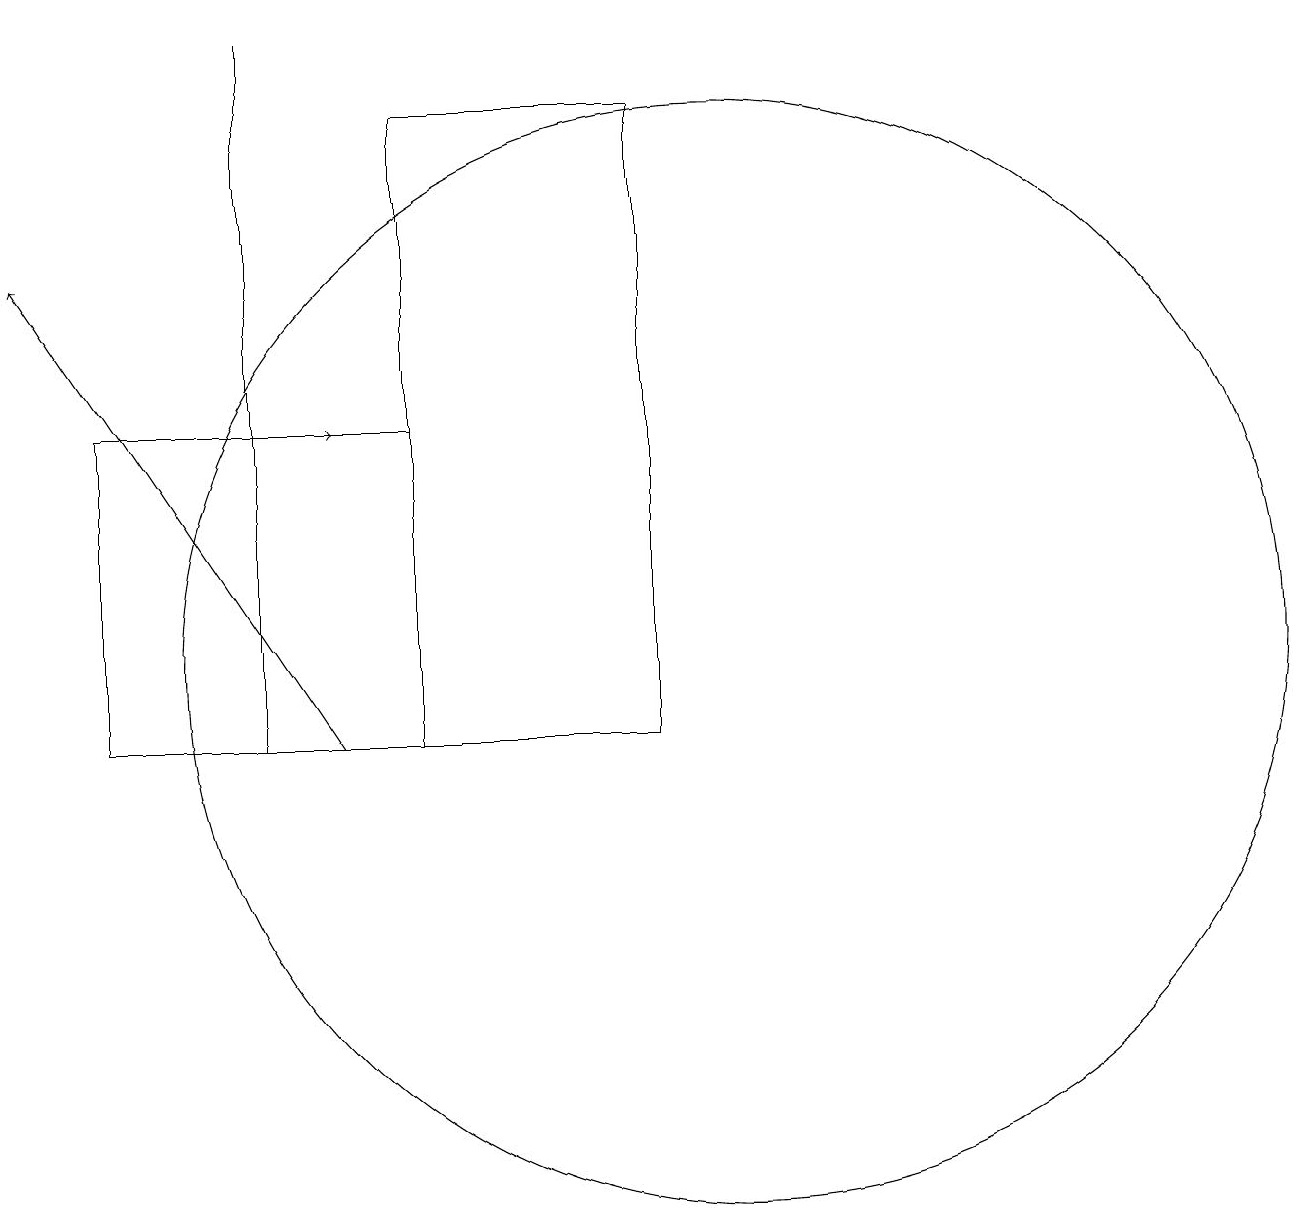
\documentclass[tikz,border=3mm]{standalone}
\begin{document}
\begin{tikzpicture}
\draw (6,10) rectangle (9,18);
\draw[->] (5,10) -- (1,16);
\draw (6,10) rectangle (2,14);
\draw[->] (3,14) -- (5,14);
\draw (10,11) circle (7);
\draw (4,10) rectangle (4,19);
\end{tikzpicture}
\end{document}